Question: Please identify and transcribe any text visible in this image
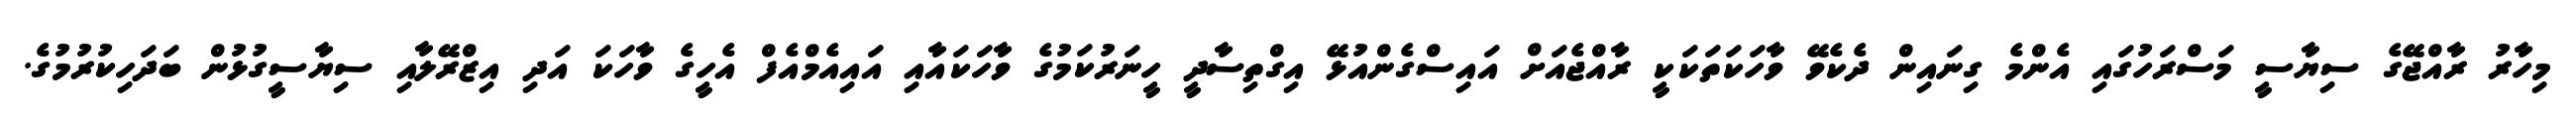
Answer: މިހާރު ރާއްޖޭގެ ސިޔާސީ މަސްރަހުގައި އެންމެ ގިނައިން ދެކެވޭ ވާހަކަތަކަކީ ރާއްޖެއަށް އައިސްގެންއުޅޭ އިގްތިސާދީ ހީނަރުކަމުގެ ވާހަކައާއި އައިއެމްއެފް އެހީގެ ވާހަކަ އަދި އިޒްރޭލާއި ސިޔާސީގުޅުން ބަދަހިކުރުމުގެ.